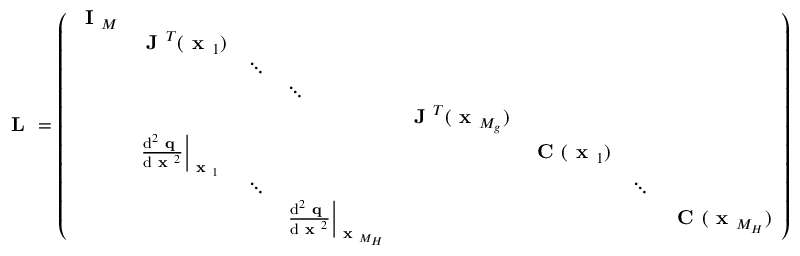
\textbf { L } = \left( \begin{array} { l l l l l l l l } { \textbf { I } _ { M } } & & & & & & & \\ & { \textbf { J } ^ { T } ( \textbf { x } _ { 1 } ) } & & & & & & \\ & & { \ddots } & & & & & \\ & & & { \ddots } & & & & \\ & & & & { \textbf { J } ^ { T } ( \textbf { x } _ { M _ { g } } ) } & & & \\ & { \left. \frac { \mathrm { d } ^ { 2 } \textbf { q } } { \mathrm { d } \textbf { x } ^ { 2 } } \right| _ { \textbf { x } _ { 1 } } } & & & & { \textbf { C } ( \textbf { x } _ { 1 } ) } & & \\ & & { \ddots } & & & & { \ddots } & \\ & & & { \left. \frac { \mathrm { d } ^ { 2 } \textbf { q } } { \mathrm { d } \textbf { x } ^ { 2 } } \right| _ { \textbf { x } _ { M _ { H } } } } & & & & { \textbf { C } ( \textbf { x } _ { M _ { H } } ) } \end{array} \right)